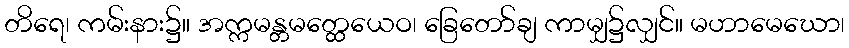
တိရေ၊ ကမ်းနား၌။ အက္ကမန္တမတ္ထေယေဝ၊ ခြေတော်ချ ကာမျှ၌လျှင်။ မဟာမေဃော၊